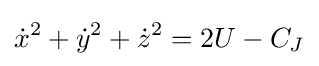
{\dot {x}}^{2}+{\dot {y}}^{2}+{\dot {z}}^{2}=2U-C_{J}